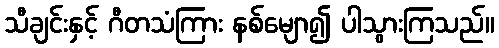
သီချင်းနှင့် ဂီတသံကြား နစ်မျော၍ ပါသွားကြသည်။